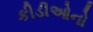
કીડીઓનો